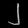
Digit: ၂